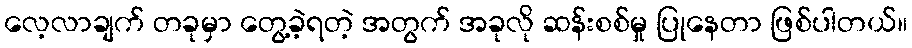
လေ့လာချက် တခုမှာ တွေ့ခဲ့ရတဲ့ အတွက် အခုလို ဆန်းစစ်မှု ပြုနေတာ ဖြစ်ပါတယ်။